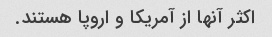
اکثر آنها از آمریکا و اروپا هستند.